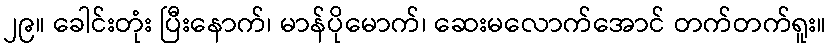
၂၉။ ခေါင်းတုံး ပြီးနောက်၊ မာန်ပိုမောက်၊ ဆေးမလောက်အောင် တက်တက်ရူး။